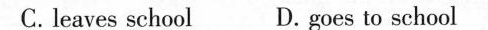
C. leaves school D.goes to school